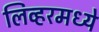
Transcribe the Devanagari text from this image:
लिव्हरमध्ये